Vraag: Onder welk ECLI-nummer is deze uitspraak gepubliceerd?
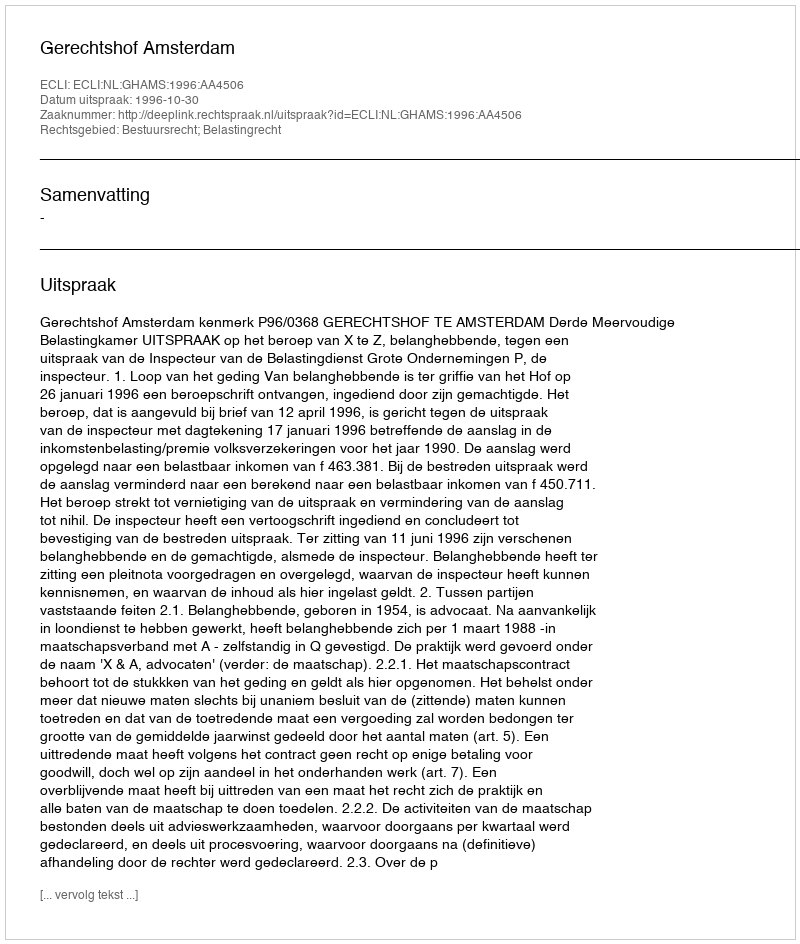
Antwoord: ECLI:NL:GHAMS:1996:AA4506